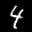
Label: 4